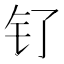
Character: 钌